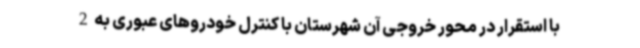
با استقرار در محور خروجی آن شهرستان با کنترل خودروهای عبوری به 2